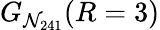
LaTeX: G_{\mathcal{N}_{241}}(R=3)